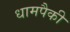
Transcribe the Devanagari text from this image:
धामपैकी